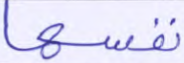
نفسها